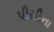
પીસીના